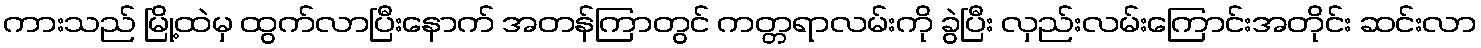
ကားသည် မြို့ထဲမှ ထွက်လာပြီးနောက် အတန်ကြာတွင် ကတ္တရာလမ်းကို ခွဲပြီး လှည်းလမ်းကြောင်းအတိုင်း ဆင်းလာ